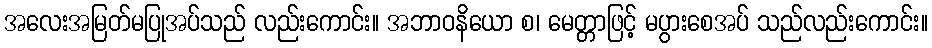
အလေးအမြတ်မပြုအပ်သည် လည်းကောင်း။ အဘာဝနိယော စ၊ မေတ္တာဖြင့် မပွားစေအပ် သည်လည်းကောင်း။